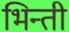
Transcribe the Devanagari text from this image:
भिन्ती